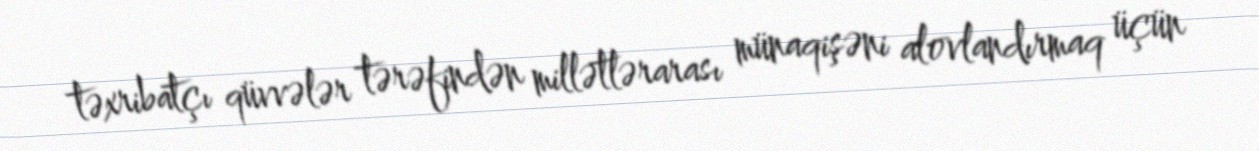
təxribatçı qüvvələr tərəfindən millətlərarası münaqişəni alovlandırmaq üçün